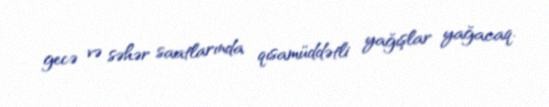
gecə və səhər saatlarında qısamüddətli yağışlar yağacaq.